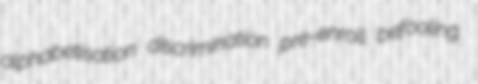
alphabetisation discrimination pre-enroll befooling